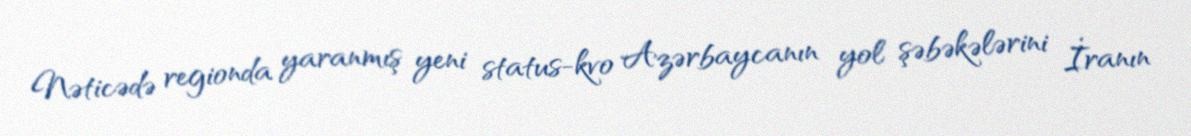
Nəticədə regionda yaranmış yeni status-kvo Azərbaycanın yol şəbəkələrini İranın